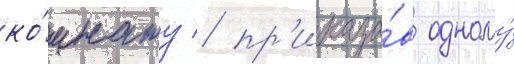
ко́мнату / пр'иказа́в одному́